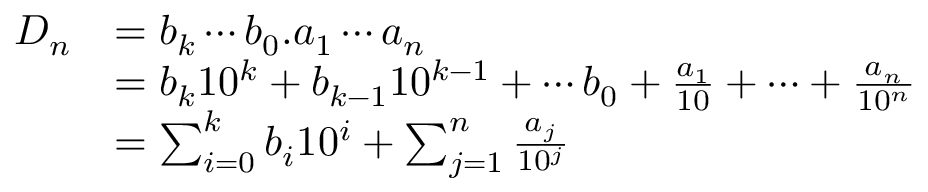
{ \begin{array} { r l } { D _ { n } } & { = b _ { k } \cdots b _ { 0 } . a _ { 1 } \cdots a _ { n } } \\ & { = b _ { k } 1 0 ^ { k } + b _ { k - 1 } 1 0 ^ { k - 1 } + \cdots b _ { 0 } + { \frac { a _ { 1 } } { 1 0 } } + \cdots + { \frac { a _ { n } } { 1 0 ^ { n } } } } \\ & { = \sum _ { i = 0 } ^ { k } b _ { i } 1 0 ^ { i } + \sum _ { j = 1 } ^ { n } { \frac { a _ { j } } { 1 0 ^ { j } } } } \end{array} }